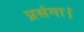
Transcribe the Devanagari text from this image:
प्रसंगा।